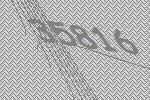
35816